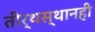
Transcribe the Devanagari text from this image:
तीर्थस्थानही